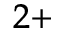
^ { 2 + }